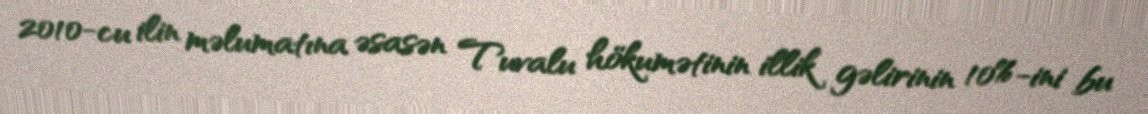
2010-cu ilin məlumatına əsasən Tuvalu hökumətinin illik gəlirinin 10%-ini bu